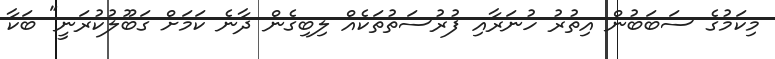
މިކަމުގެ ސަބަބުން އިތުރު ހުނަރާއި ފުރުސަތުތަކެއް ލިބިގެން ދާނެ ކަމަށް ގަބޫލުކުރަނީ" ބަކާ